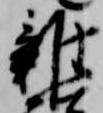
雑